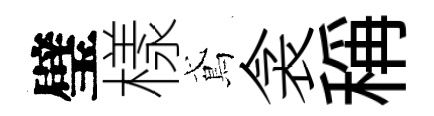
璧樣鳶衾稱